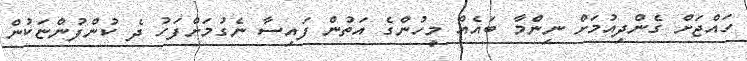
ހައްޖަށް ގެންދިއުމަށް ނިންމާ ބައެއް މީހުންގެ އަތުން ފައިސާ ނެގުމަށްފަހު ދެ ކުންފުންޏަކުން